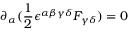
\partial _ { \alpha } ( { \frac { 1 } { 2 } } \epsilon ^ { \alpha \beta \gamma \delta } F _ { \gamma \delta } ) = 0